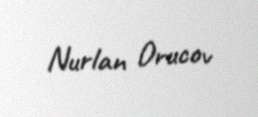
Nurlan Orucov